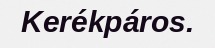
Kerékpáros.